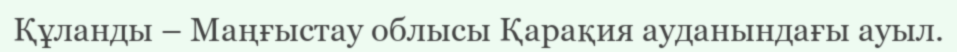
Құланды – Маңғыстау облысы Қарақия ауданындағы ауыл.